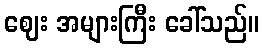
ဈေး အများကြီး ခေါ်သည်။